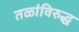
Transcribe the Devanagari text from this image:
तळांविरुद्ध